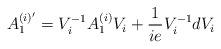
LaTeX: \begin{align*}A^{(i)'}_{1}= V_{i}^{-1} A^{(i)}_{1} V_{i} + \frac{1}{ie} V_{i}^{-1} d V_{i}\end{align*}